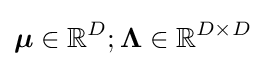
{\boldsymbol {\mu }}\in \mathbb {R} ^{D};{\boldsymbol {\Lambda }}\in \mathbb {R} ^{D\times D}